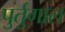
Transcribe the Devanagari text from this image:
पुर्तुगाल